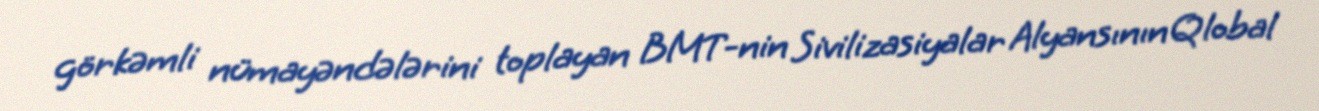
görkəmli nümayəndələrini toplayan BMT-nin Sivilizasiyalar Alyansının Qlobal